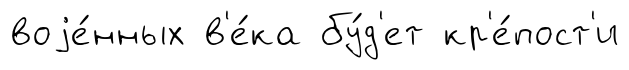
воjе́нных в'е́ка бу́д'ет кр'е́пост'и